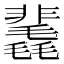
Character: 䩁